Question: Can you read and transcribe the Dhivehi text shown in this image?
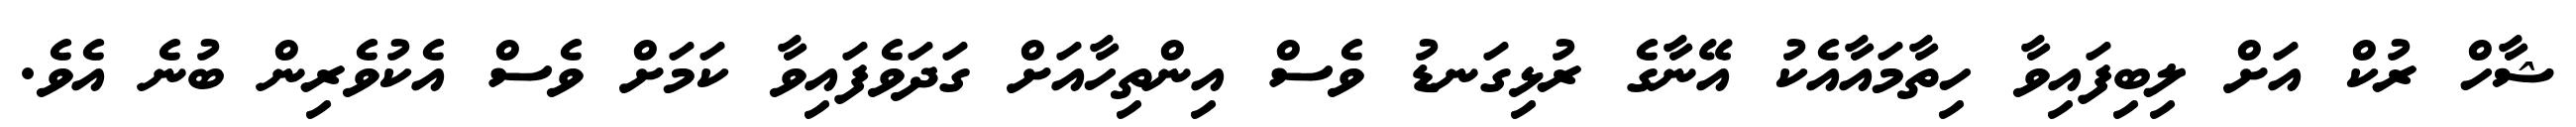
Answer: ޝާހް ރުކް އަށް ލިބިފައިވާ ހިތާމައާއެކު އޭނާގެ ރުޅިގަނޑު ވެސް އިންތިހާއަށް ގަދަވެފައިވާ ކަމަށް ވެސް އެކުވެރިން ބުނެ އެވެ.